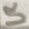
Text: 5